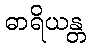
ဓာရိယန္တ